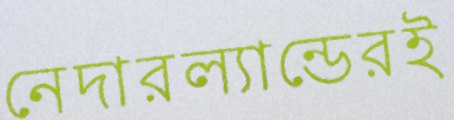
নেদারল্যান্ডেরই